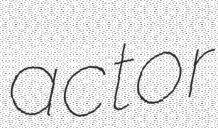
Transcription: actor